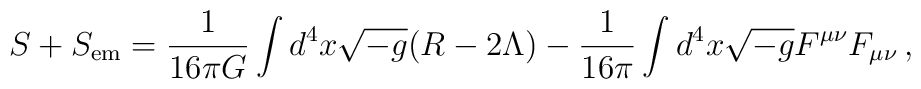
S+S_{\rm em} = \frac{1}{16\pi G}\int{d^{4}x\sqrt{-g}(R-2\Lambda)} -\frac{1}{16\pi}\int{d^{4}x\sqrt{-g}F^{\mu\nu}F_{\mu\nu}}\, ,